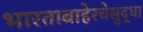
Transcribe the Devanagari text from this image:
भारताबाहेरचेसुद्धा